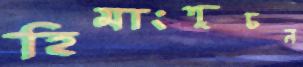
হিমাংশুচন